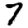
Digit: 7